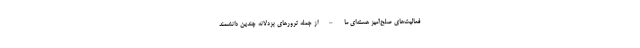
فعالیت‌های صلح‌آمیز هسته‌ای ما – از جمله ترورهای بزدلانه چندین دانشمند